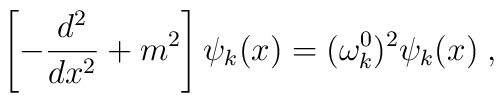
\left[-\frac{d^2}{dx^2}+m^2\right]\psi_k(x)=(\omega_k^0)^2\psi_k(x)\;,